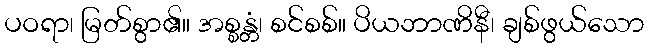
ပဝရာ၊ မြတ်စွာ၏။ အစ္စန္တံ၊ စင်စစ်။ ပိယဘာဏိနီ၊ ချစ်ဖွယ်သော